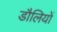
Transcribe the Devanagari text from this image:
डौलियों